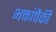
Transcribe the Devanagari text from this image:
भक्तांपैकी